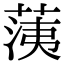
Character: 𦳂